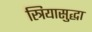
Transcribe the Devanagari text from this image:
स्त्रियासुद्धा